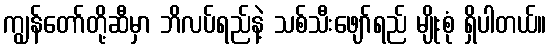
ကျွန်တော်တို့ဆီမှာ ဘိလပ်ရည်နဲ့ သစ်သီးဖျော်ရည် မျိုးစုံ ရှိပါတယ်။